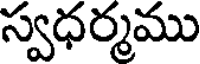
స్వధర్మము